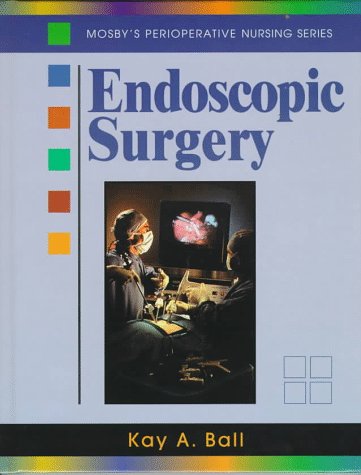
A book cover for Endoscopic Surgery; Kay A. Ball RN  BSN  MSA  CNOR  FAAN; Medical Books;